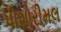
પીશોરીમલ